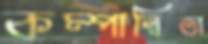
কম্পান্বিতা